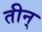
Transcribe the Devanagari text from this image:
तीन्